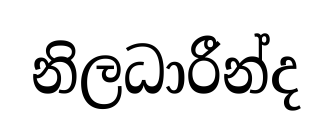
නිලධාරීන්ද